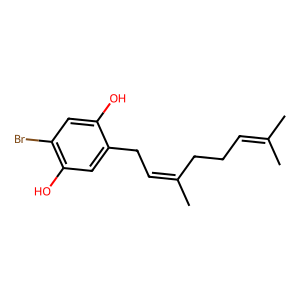
SMILES: CC(C)=CCCC(C)=CCc1cc(O)c(Br)cc1O
Inhibits HIV replication: No